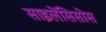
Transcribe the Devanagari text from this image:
साइलेंसिसोस